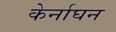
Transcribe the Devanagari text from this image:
केर्नाघन